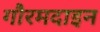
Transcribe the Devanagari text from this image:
गौरमदाइन